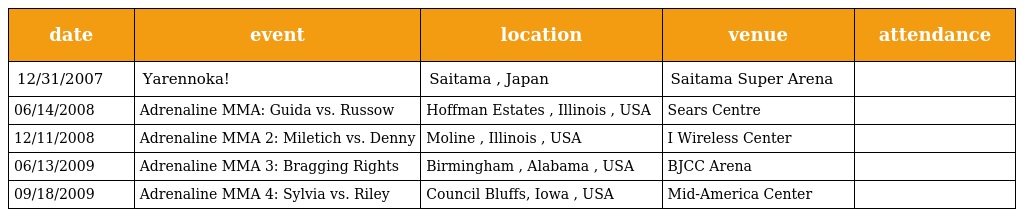
| date | event | location | venue | attendance |
 | --- | --- | --- | --- | --- |
 | 12/31/2007 | Yarennoka! | Saitama , Japan | Saitama Super Arena |  |
 | 06/14/2008 | Adrenaline MMA: Guida vs. Russow | Hoffman Estates , Illinois , USA | Sears Centre |  |
 | 12/11/2008 | Adrenaline MMA 2: Miletich vs. Denny | Moline , Illinois , USA | I Wireless Center |  |
 | 06/13/2009 | Adrenaline MMA 3: Bragging Rights | Birmingham , Alabama , USA | BJCC Arena |  |
 | 09/18/2009 | Adrenaline MMA 4: Sylvia vs. Riley | Council Bluffs, Iowa , USA | Mid-America Center |  |